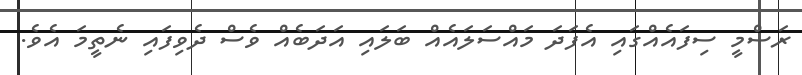
ރަސްމީ ސިފައެއްގައި އެފަދަ މައްސަލައެއް ބަލައި އަދަބެއް ވެސް ދެވިފައި ނެތީމަ އެވެ.